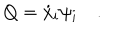
LaTeX: Q = { \dot { x } } _ { i } \psi _ { i } \quad .